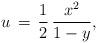
LaTeX: \begin{align*}u\,=\,\frac{1}{2}\,\frac{x^2}{1-y},\end{align*}